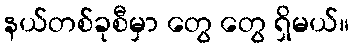
နယ်တစ်ခုစီမှာ တွေ တွေ ရှိမယ်။